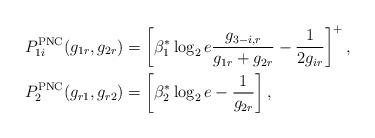
LaTeX: \begin{align*}P_{1i}^{\mathrm{PNC}}(g_{1r},g_{2r})&=\left[\beta_1^* \log_2 e \frac{g_{3-i,r}}{g_{1r}+g_{2r}}-\frac{1}{2g_{ir}}\right]^+, \\P_2^{\mathrm{PNC}}(g_{r1},g_{r2})&=\left[\beta_2^*\log_2 e - \frac{1}{g_{2r}}\right] ,\end{align*}